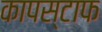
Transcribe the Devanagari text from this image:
कापस्टाफ